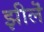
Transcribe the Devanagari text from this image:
झीलॆं